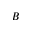
B